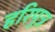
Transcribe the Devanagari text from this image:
हरिपुत्र